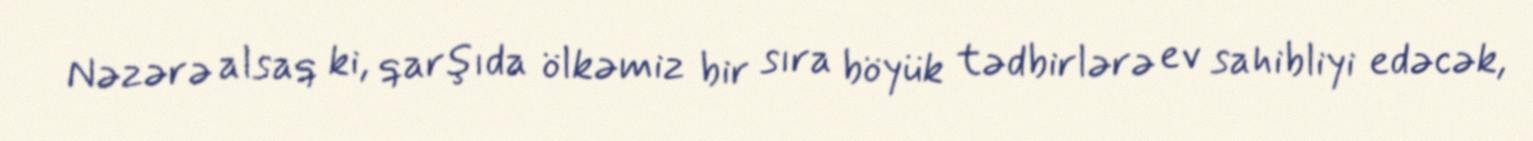
Nəzərə alsaq ki, qarşıda ölkəmiz bir sıra böyük tədbirlərə ev sahibliyi edəcək,